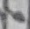
Text: 6